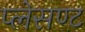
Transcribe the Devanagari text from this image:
प्लेसण्ट